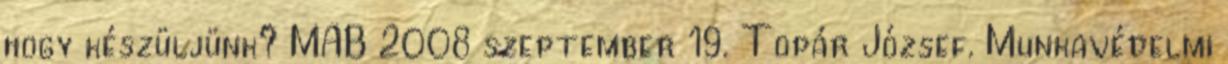
hogy készüljünk? MAB 2008 szeptember 19. Topár József. Munkavédelmi